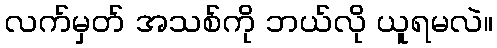
လက်မှတ် အသစ်ကို ဘယ်လို ယူရမလဲ။